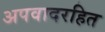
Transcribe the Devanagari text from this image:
अपवादरहित